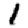
Digit: 1